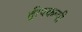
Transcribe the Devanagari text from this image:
द्वीपकल्पी